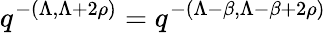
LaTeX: q^{-(\Lambda,\Lambda+2\rho)}=q^{-(\Lambda-\beta,\Lambda-\beta+2\rho)}